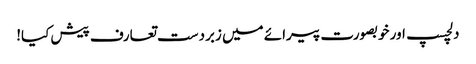
دلچسپ اور خوبصورت پیرائے میں زبردست تعارف پیش کیا!